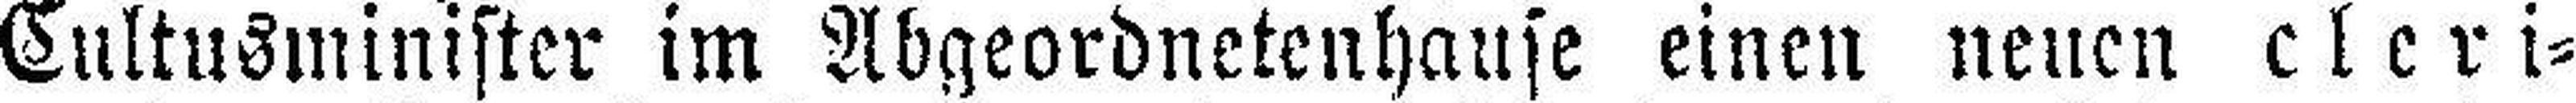
Cultusminister im Abgeordnetenhause einen neuen cleri¬